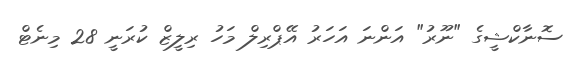
ސޮނާކްޝީގެ "ނޫރު" އަންނަ އަހަރު އޭޕްރިލް މަހު ރިލީޒް ކުރަނީ 28 މިނެޓް